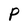
Character: P